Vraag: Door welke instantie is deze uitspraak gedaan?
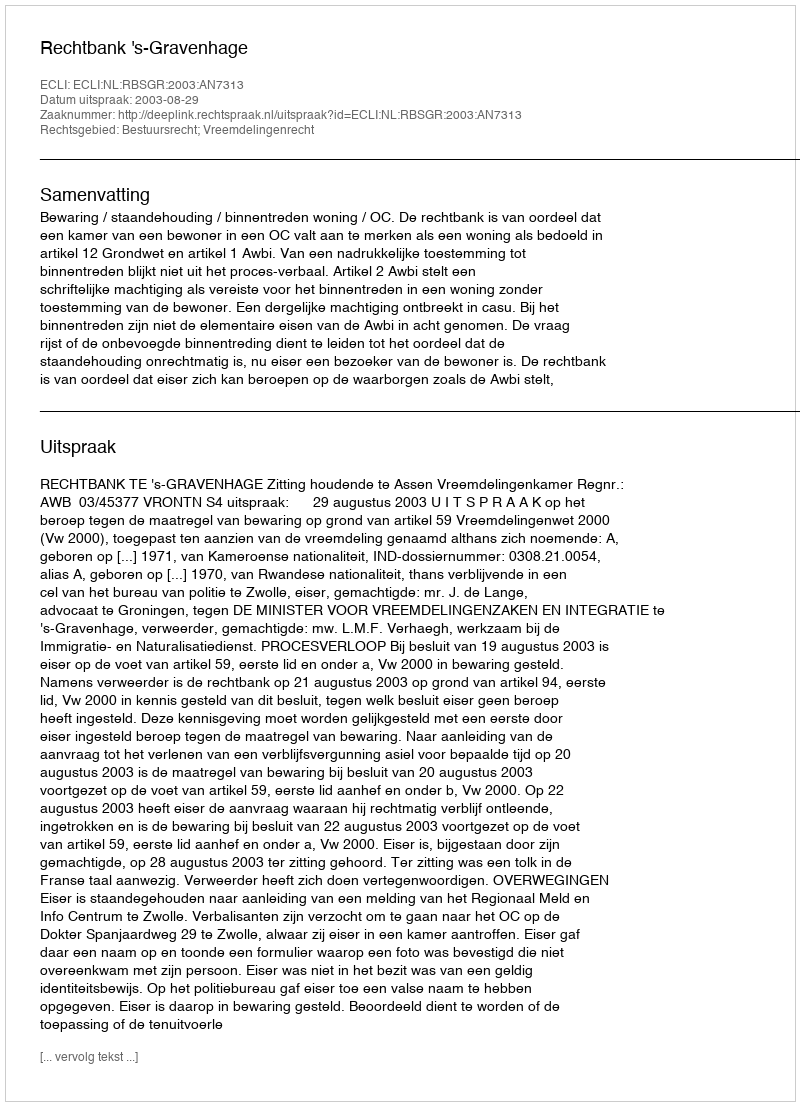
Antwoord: Rechtbank 's-Gravenhage